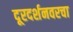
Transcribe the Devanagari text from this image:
दूरदर्शनवरचा